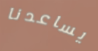
يساعدنا